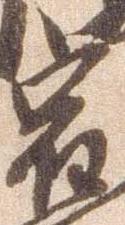
宿